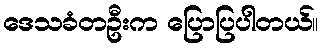
ဒေသခံတဦးက ပြောပြပါတယ်။